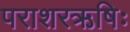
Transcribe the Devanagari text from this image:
पराशरऋषिः